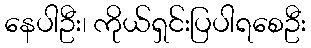
နေပါဦး၊ ကိုယ်ရှင်းပြပါရစေဦး